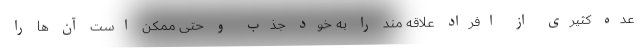
عده کثیری از افراد علاقه مند را به خود جذب و حتی ممکن است آن ها را